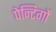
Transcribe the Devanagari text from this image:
पेन्टिगों